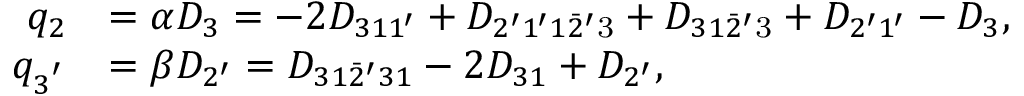
\begin{array} { r l } { q _ { 2 } } & { = \alpha { D _ { 3 } } = - 2 { D _ { 3 1 1 ^ { \prime } } } + { D _ { 2 ^ { \prime } 1 ^ { \prime } 1 \bar { 2 } ^ { \prime } \mathrm { { 3 } } } } + { D _ { 3 1 \bar { 2 } ^ { \prime } { \mathrm { 3 } } } } + { D _ { 2 ^ { \prime } 1 ^ { \prime } } } - { D _ { 3 } } , } \\ { q _ { 3 ^ { ' } } } & { = \beta { D _ { 2 ^ { \prime } } } = { D _ { 3 1 \bar { 2 } ^ { \prime } 3 1 } } - 2 { D _ { 3 1 } } + { D _ { 2 ^ { \prime } } } , } \end{array}